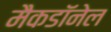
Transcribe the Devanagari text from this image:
मैकडाॅनेल